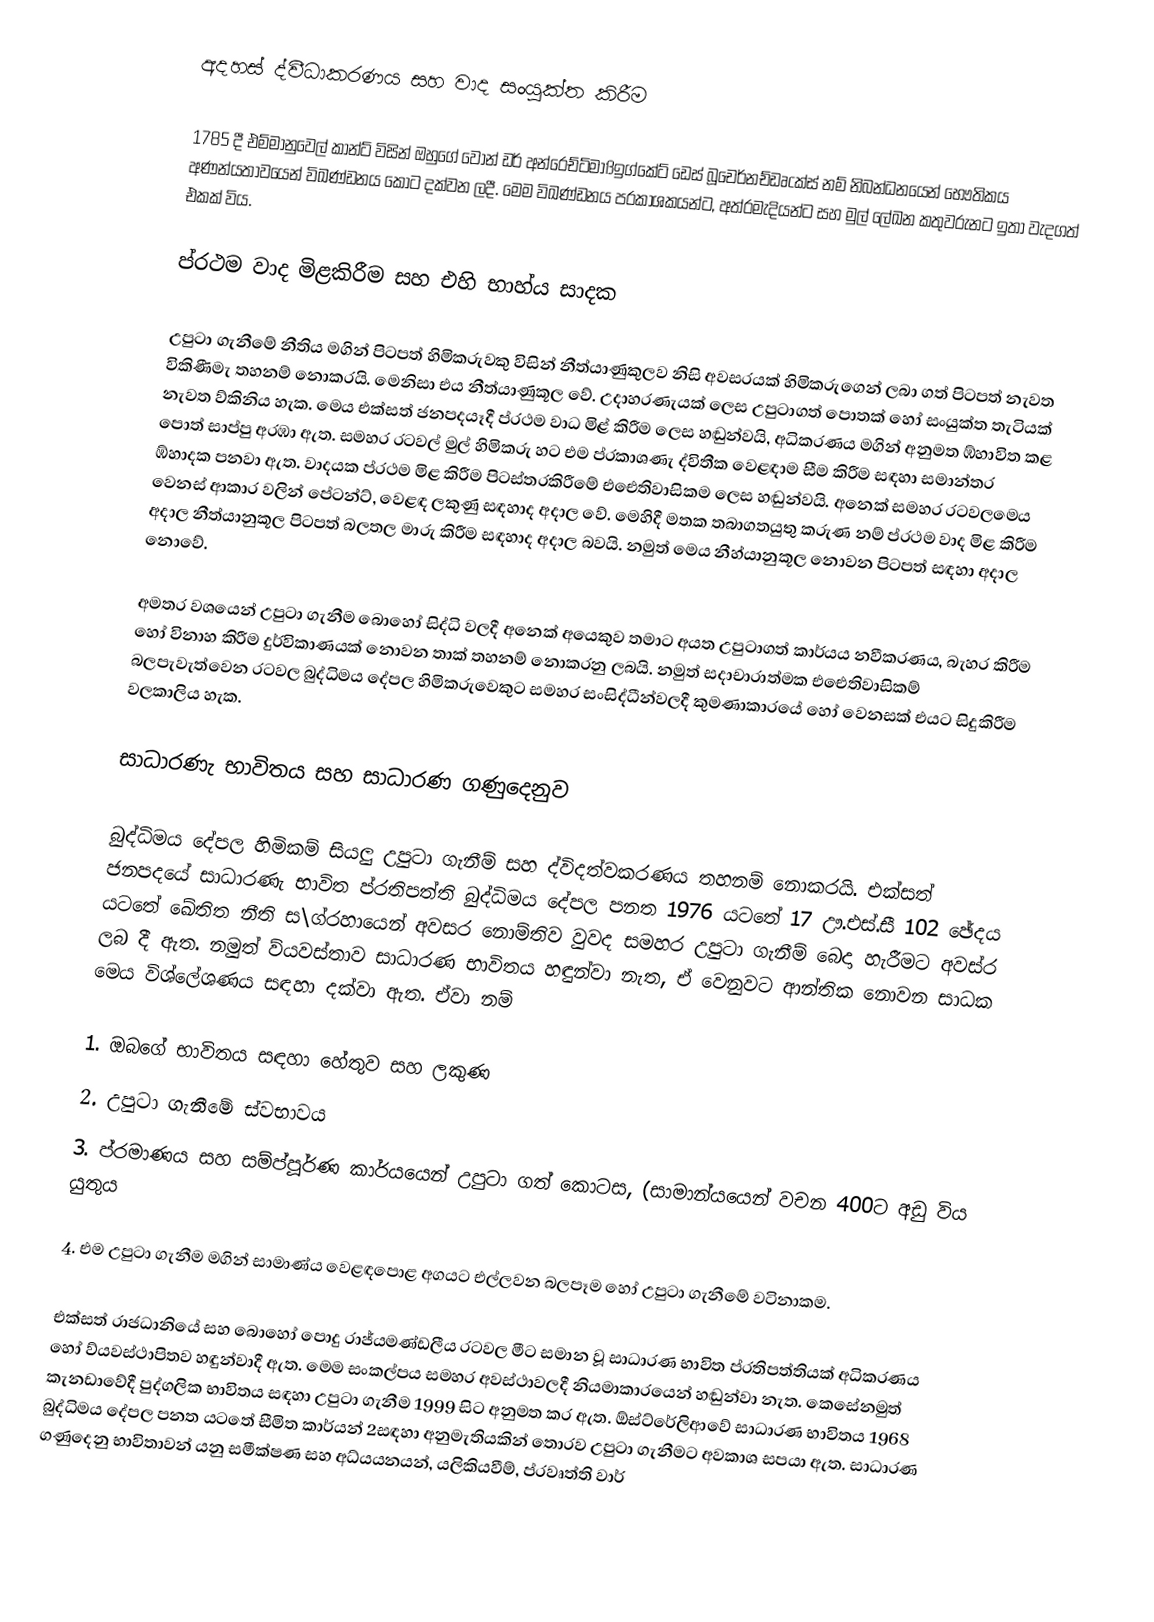
අදහස් ද්වීධාකරණය සහ වාද සංයුක්ත කිරීම

1785 දී එම්මානුවෙල් කාන්ට් විසින් ඔහුගේ වොන් ඩර් අන්රෙච්ට්මාßඉග්කේට් ඩෙස් බූචෙර්නච්ඩෘcක්ස් නම් නිබන්ධනයෙන් භෞතිකය අණන්යතාවයෙන් විඛණ්ඩනය කොට දක්වන ලදී. මෙම විඛණ්ඩනය පරකාශකයන්ට, අත්රමැදියන්ට සහ මුල් ලේඛන කතුවරුනට ඉතා වැදගත් එකක් විය.

ප්රථම වාද මිළකිරීම සහ එහි භාහ්ය සාදක

උපුටා ගැනීමේ නීතිය මගින් පිටපත් හිමිකරුවකු විසින් නීත්යාණුකුලව නිසි අවසරයක් හිමිකරුගෙන් ලබා ගත් පිටපත් නැවත විකිණීමැ තහනම් නොකරයි. මෙනිසා එය නීත්යාණුකූල වේ. උදාහරණැයක් ලෙස උපුටාගත් පොතක් හෝ සංයුක්ත තැටියක් නැවත ව්කිනිය හැක. මෙය එක්සත් ජනපදයෑදී ප්රථම වාධ මිළ් කිරීම ලෙස හඬුන්වයි, අධිකරණය මගින් අනුමත ඹ්හාවිත කළ පොත් සාප්පු අරඹා ඇත. සමහර රටවල් මුල් හිමිකරු හට එම ප්රකාශණැ ද්විතීක වෙළඳාම සීම කිරීම සඳහා සමාන්තර ඹ්හාදක පනවා ඇත. වාදයක ප්රථම මිළ කිරීම පිටස්තරකිරීමේ එඓතිවාසිකම ලෙස හඬුන්වයි. අනෙක් සමහර රටවලමෙය වෙනස් ආකාර වලින් පේටන්ට්, වෙළඳ ලකුණු සඳහාද අදාල වේ. මෙහිදී මතක තබාගතයුතු කරුණ නම් ප්රථම වාද මිළ කිරීම අදාල නීත්යානුකූල පිටපත් බලතල මාරු කිරීම සඳහාද අදාල බවයි. නමුත් මෙය නීහ්යානුකූල නොවන පිටපත් සඳහා අදාල නොවේ.

අමතර වශයෙන් උපුටා ගැනීම බොහෝ සිද්ධි වලදී අනෙක් අයෙකුව තමාට අයත උපුටාගත් කාර්යය නවීකරණය, බැහර කිරීම හෝ විනාහ කිරීම දුර්විකාණයක් නොවන තාක් තහනම් නොකරනු ලබයි. නමුත් සදාචාරාත්මක එඓතිවාසිකම් බලපැවැත්වෙන රටවල බුද්ධිමය දේපල හිමිකරුවෙකුට සමහර සංසිද්ධීන්වලදී කුමණාකාරයේ හෝ වෙනසක් එයට සිදුකිරීම වලකාලිය හැක.

සාධාරණැ භාවිතය සහ සාධාරණ ගණුදෙනුව

බුද්ධිමය දේපල හිමිකම් සියලු උපුටා ගැනීම් සහ ද්විදත්වකරණය තහනම් නොකරයි.  එක්සත් ජනපදයේ සාධාරණැ භාවිත ප්රතිපත්ති බුද්ධිමය දේපල පනත 1976 යටතේ 17 ඌ.එස්.සී 102 ඡේදය යටතේ ඛේතිත නීති ස\ග්රහායෙන් අවසර නොම්තිව වුවද සමහර උපුටා ගැනීම් බෙදා හැරීමට අවස්ර ලබ දී ඇත. නමුත් ව්යවස්තාව සාධාරණ භාවිතය හඳුන්වා නැත, ඒ වෙනුවට ආන්තික නොවන සාධක මෙය විශ්ලේශණය සඳහා දක්වා ඇත. ඒවා නම්

1. ඔබගේ භාවිතය සඳහා හේතුව සහ ලකුණ
2. උපුටා ගැනීමේ ස්වභාවය
3. ප්රමාණය සහ සම්ප්පූර්ණ කාර්යයෙන් උපුටා ගත් කොටස, (සාමාන්යයෙන් වචන 400ට අඩු විය යුතුය

4. එම උපුටා ගැනීම මගින් සාමාණ්ය වෙළඳපොළ අගයට එල්ලවන බලපෑම හෝ උපුටා ගැනීමේ වටිනාකම.

එක්සත් රාජධානියේ සහ බොහෝ පොදු රාජ්යමණ්ඩලීය රටවල මීට සමාන වූ සාධාරණ භාවිත ප්රතිපත්තියක් අධිකරණය හෝ ව්යවස්ථාපිතව හඳුන්වාදී ඇත. මෙම සංකල්පය සමහර අවස්ථාවලදී නියමාකාරයෙන් හඬුන්වා නැත. කෙසේනමුත් කැනඩාවේදී පුද්ගලික භාවිතය සඳහා උපුටා ගැනීම 1999 සිට අනුමත කර ඇත. ඕස්ට්රේලිආවේ සාධාරණ භාවිතය 1968 බුද්ධිමය දේපල  පනත යටතේ සීමිත කාර්යන් 2සඳහා අනුමැතියකින් තොරව උපුටා ගැනීමට අවකාශ සපයා ඇත. සාධාරණ ගණුදෙනු භාවිතාවන් යනු සමීක්ෂණ සහ අධ්යයනයන්, යලිකියවීම්, ප්රවෘත්ති වාර්